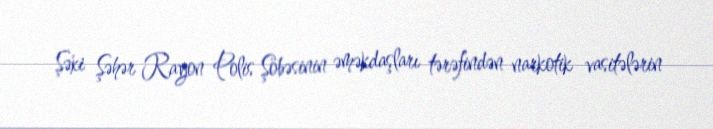
Şəki Şəhər Rayon Polis Şöbəsinin əməkdaşları tərəfindən narkotik vasitələrin